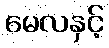
မေလနှင့်